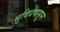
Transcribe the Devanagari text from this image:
सुविधंपासून